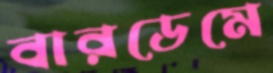
বারডেমে